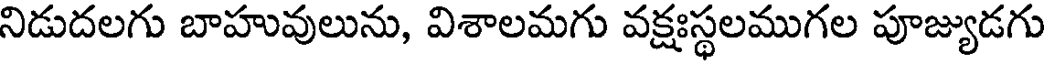
నిడుదలగు బాహువులును, విశాలమగు వక్షఃస్థలముగల పూజ్యుడగు